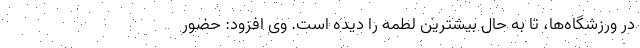
در ورزشگاه‌ها، تا به حال بیشترین لطمه را دیده است. وی افزود: حضور